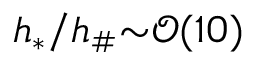
h _ { * } / h _ { \# } { \sim } \mathcal { O } ( 1 0 )